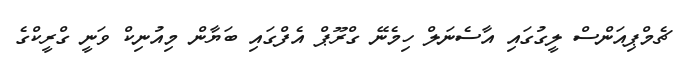
ޗެމްޕިއަންސް ލީގުގައި އާސެނަލް ހިމެނޭ ގްރޫޕް އެފްގައި ބަޔާން މިއުނިކް ވަނީ ގްރީކްގެ